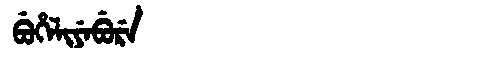
Manchu: ᠪᡠᡥᡝᠯᡳᠶᡝᠪᡠᡵᡝ
Romanization: BUHELIYEBURE